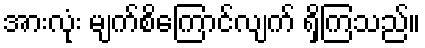
အားလုံး မျက်စိကြောင်လျက် ရှိကြသည်။